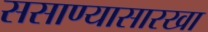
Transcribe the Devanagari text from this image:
ससाण्यासारखा